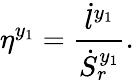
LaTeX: \eta^{y_{1}}=\frac{\dot{l}^{y_{1}}}{\dot{S}_{r}^{y_{1}}}.